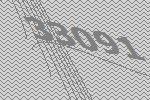
33091